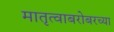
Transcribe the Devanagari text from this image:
मातृत्वाबरोबरच्या